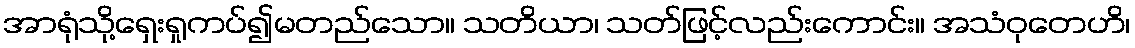
အာရုံသို့ရှေးရှုကပ်၍မတည်သော။ သတိယာ၊ သတ်ဖြင့်လည်းကောင်း။ အသံဝုတေဟိ၊